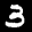
Label: 3